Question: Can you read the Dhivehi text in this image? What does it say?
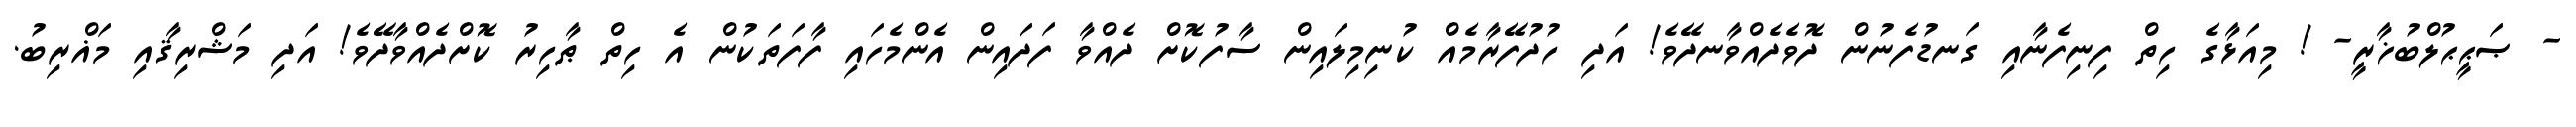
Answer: - ޞަޙީޙުލްބުޚާރީ- ! މިއަޅާގެ ހިތް ފިނިފެނާއި ގަނޑުފެނުން ދޮވެދެއްވާނދޭވެ! އަދި ހުދުފޭރާމެއް ކުނިމިލައިން ސާފުކޮށް ދެއްވާ ފަދައިން އެންމެހައި ފާފަތަކުން އެ ހިތް ޠާހިރު ކޮށްދެއްވާދޭވެ! އަދި މަޝްރިޤާއި މަޣްރިބު.